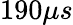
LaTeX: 190\mu s